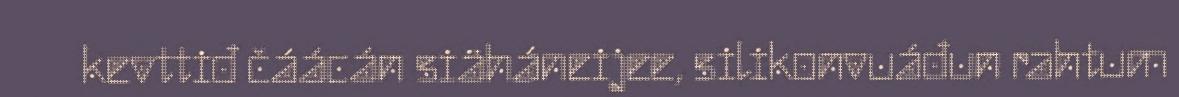
kevttiđ čáácán siäháneijee, silikonvuáđun rahtum